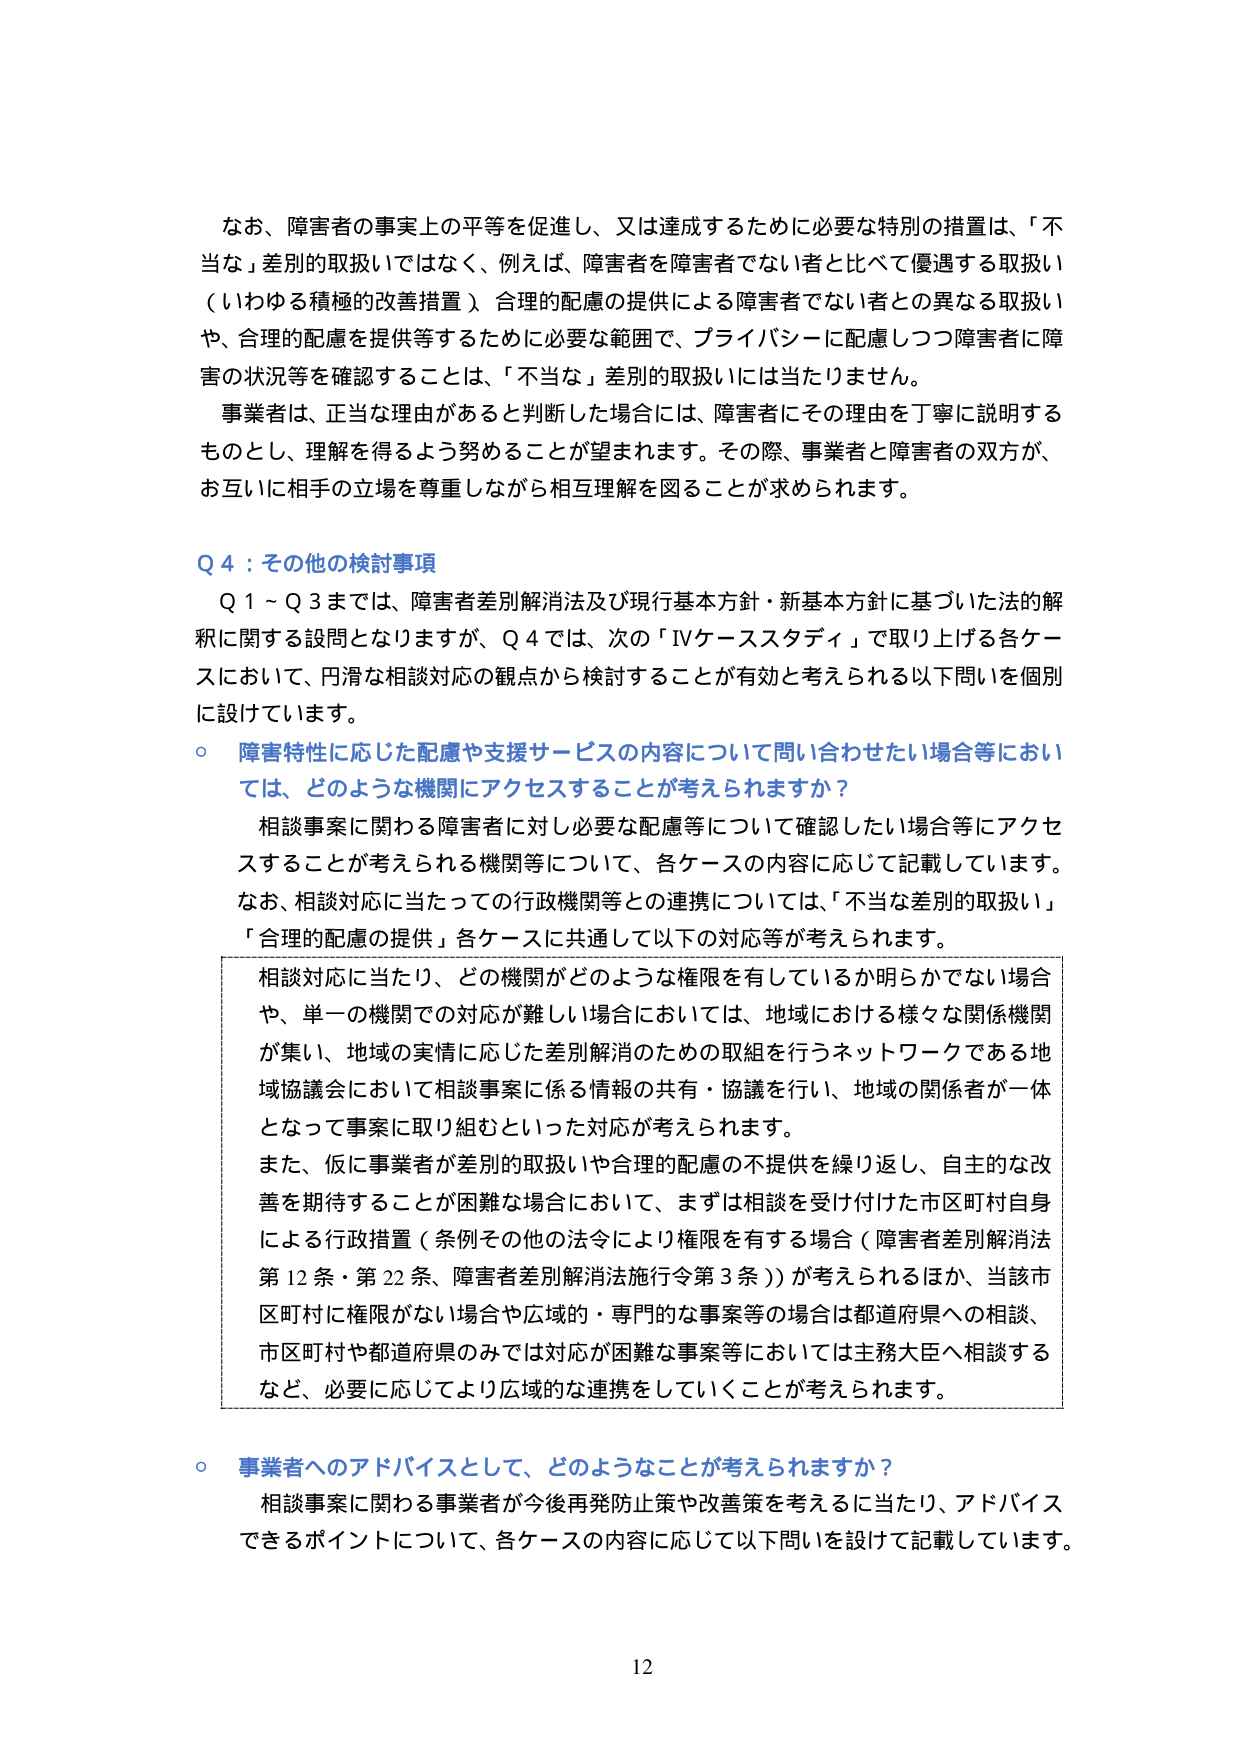
なお、障害者の事実上の平等を促進し、又は達成するために必要な特別の措置は、「不当な」差別の取扱いではなく、例えば、障害者を障害者でない者と比べて優遇する取扱い（いわゆる積極的改善措置）、合理的配慮の提供による障害者でない者との異なる取扱いや、合理的配慮を提供等するために必要な範囲で、プライバシーに配慮しつつ障害者に障害の状況等を確認することは、「不当な」差別の取扱いには当たりません。

事業者は、正当な理由があると判断した場合には、障害者にその理由を丁寧に説明するものとし、理解を得るよう努めることが望まれます。その際、事業者と障害者の双方が、お互いに相手の立場を尊重しながら相互理解を図ることが求められます。

Q 4：その他の検討事項

Q 1～Q 3までは、障害者差別解消法及び現行基本方針・新基本方針に基づいた法的解釈に関する設問となりますが、Q 4では、次の「IVケーススタディ」で取り上げる各ケースにおいて、円滑な相談対応の観点から検討することが有効と考えられる以下問いを個別に設けています。

○ 障害特性に応じた配慮や支援サービスの内容について問い合わせたい場合等においては、どのような機関にアクセスすることが考えられますか？

相談事案に関わる障害者に対し必要な配慮等について確認したい場合等にアクセスすることが考えられる機関等について、各ケースの内容に応じて記載しています。なお、相談対応に当たっての行政機関等との連携については、「不当な差別の取扱い」「合理的配慮の提供」各ケースに共通して以下の対応等が考えられます。

相談対応に当たり、どの機関がどのような権限を有しているか明らかでない場合や、単一の機関での対応が難しい場合においては、地域における様々な関係機関が集い、地域の実情に応じた差別解消のための取組を行うネットワークである地域協議会において相談事案に係る情報の共有・協議を行い、地域の関係者が一体となって事案に取り組むといった対応が考えられます。

また、仮に事業者が差別の取扱いや合理的配慮の不提供を繰り返し、自主的な改善を期待することが困難な場合において、まずは相談を受け付けた市区町村自身による行政措置（条例その他の法令により権限を有する場合（障害者差別解消法第12条・第22条、障害者差別解消法施行令第3条））が考えられるほか、当該市区町村に権限がない場合や広域的・専門的な事案等の場合は都道府県への相談、市区町村や都道府県のみでは対応が困難な事案等においては主務大臣へ相談するなど、必要に応じてより広域的な連携をしていくことが考えられます。

○ 事業者へのアドバイスとして、どのようなことが考えられますか？

相談事案に関わる事業者が今後再発防止策や改善策を考えるに当たり、アドバイスできるポイントについて、各ケースの内容に応じて以下問いを設けて記載しています。

12